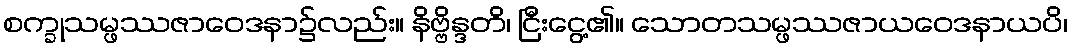
စက္ခုသမ္ဖဿဇာဝေဒနာ၌လည်း။ နိဗ္ဗိန္ဒတိ၊ ငြီးငွေ့၏။ သောတသမ္ဖဿဇာယဝေဒနာယပိ၊